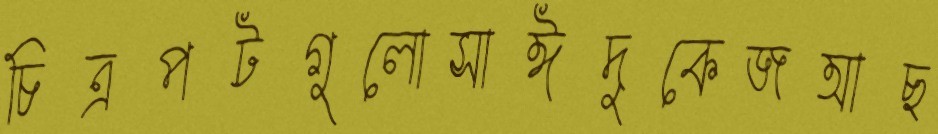
চিত্রপটগুলোসাঈদুকেজআছ